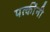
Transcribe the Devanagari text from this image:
पत्कींनी